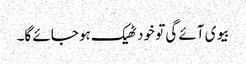
بیوی آئے گی تو خود ٹھیک ہو جائے گا۔